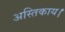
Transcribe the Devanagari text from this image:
अस्तिकाय।